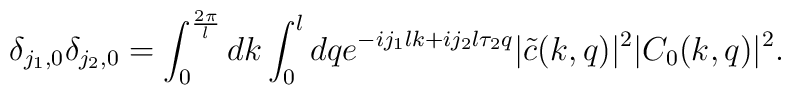
\delta_{j_1,0}\delta_{j_2,0}=\int_{0}^{\frac{2\pi}{l}}dk\int_{0}^{l}dqe^{-ij_1 lk+ij_2 l\tau_2 q}|\tilde{c}(k,q)|^2|C_0(k,q)|^2.